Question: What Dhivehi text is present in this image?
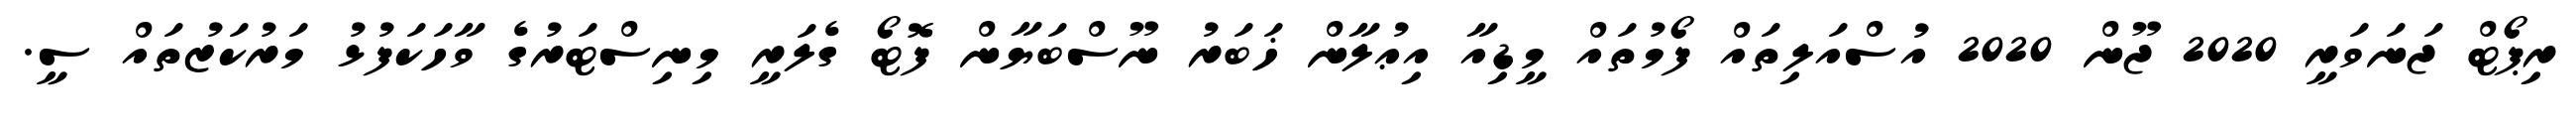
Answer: ރިޕޯޓް ޖަނަވަރީ 2020 ޖޫން 2020 އުސްއަލިތައް ފޯމުތައް މީޑިއާ އިޢުލާން ޚަބަރު ނޫސްބަޔާން ފޮޓޯ ގެލަރީ މިނިސްޓަރުގެ ވާހަކަފުޅު މަރުކަޒުތައް ސީ.